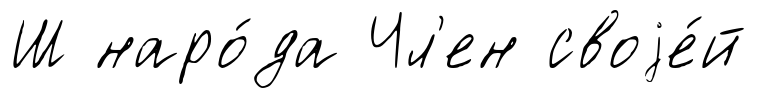
Ш наро́да Чл'ен своjе́й